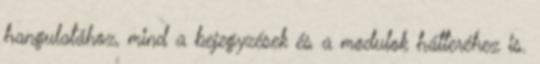
hangulatához, mind a bejegyzések és a modulok hátteréhez is.